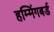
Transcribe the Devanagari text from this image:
हम्मिंगबर्ड